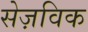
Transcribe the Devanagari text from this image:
सेज़विक